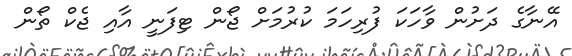
އޭނާގެ ދަށުން ވާހަކަ ފުރިހަމަ ކުރުމަށް ޖޯން ޓިފަނީ އާއި ޖެކް ތޯން